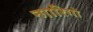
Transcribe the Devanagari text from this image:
न्गारिगो